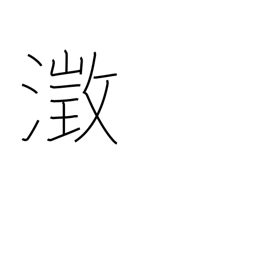
Meaning: clear and still water